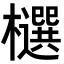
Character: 𣟙